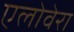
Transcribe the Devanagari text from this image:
एलोवेरा